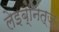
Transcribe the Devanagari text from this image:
लेइब्नित्ज़